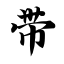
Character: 带